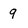
Character: g